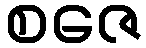
စဇေ